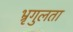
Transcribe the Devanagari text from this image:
भ्रृगुलता